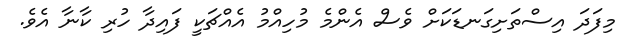
މިފަދަ އިސްތަށިގަނޑަކަށް ވެސް އެންމެ މުހިއްމު އެއްޗަކީ ފައިދާ ހުރި ކާނާ އެވެ.